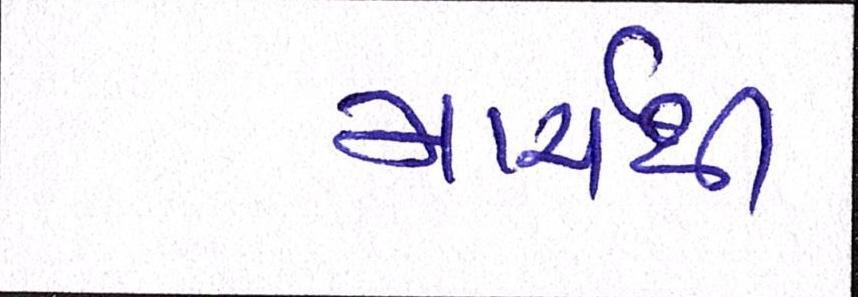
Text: માર્ચથી